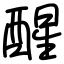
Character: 醒